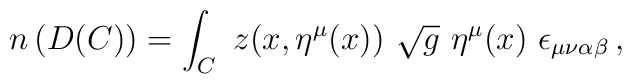
n\left( D(C)\right) =\int_{C}\ z(x,\eta ^{\mu }(x))\ \sqrt{g}\ \eta ^{\mu}(x)\ \epsilon _{\mu \nu \alpha \beta }\,,\ \,